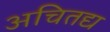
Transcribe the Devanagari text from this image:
अचितद्य